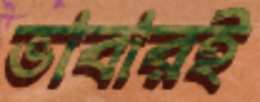
ভাবারই